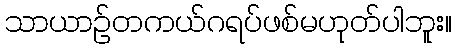
သာယာဉ်တကယ်ဂရပ်ဖစ်မဟုတ်ပါဘူး။